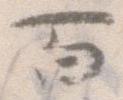
百